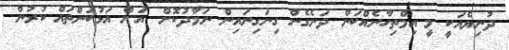
ދުނިޔެއަކީ މީ އިމްތިހާނެއްކަން ދަނެގެން ގިނަގިނައިން ނަމާދުކޮށް  އަށް އަޅުކަންތައް ކުރުން